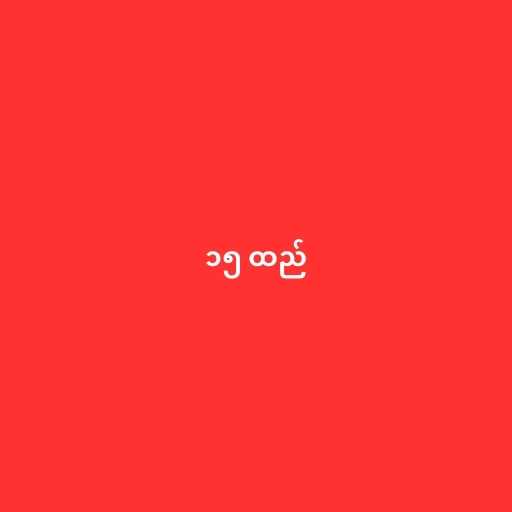
၁၅ ထည်